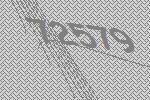
72579